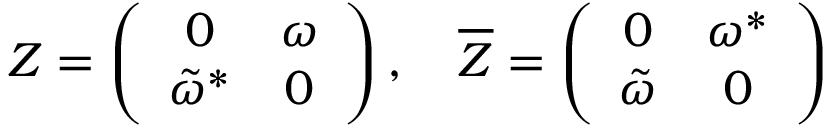
Z = \left( \begin{array} { c c } { { 0 } } & { { \omega } } \\ { { { \tilde { \omega } } ^ { * } } } & { { 0 } } \end{array} \right) , \quad { \overline { { Z } } } = \left( \begin{array} { c c } { { 0 } } & { { { \omega } ^ { * } } } \\ { { { \tilde { \omega } } } } & { { 0 } } \end{array} \right)